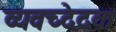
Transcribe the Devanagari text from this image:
व्यवच्देदक